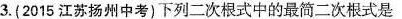
3.(2015江苏扬州中考)下列二次根式中的最简二次根式是